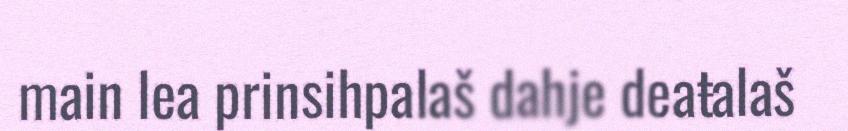
main lea prinsihpalaš dahje deaŧalaš